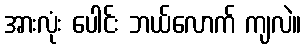
အားလုံး ပေါင်း ဘယ်လောက် ကျလဲ။